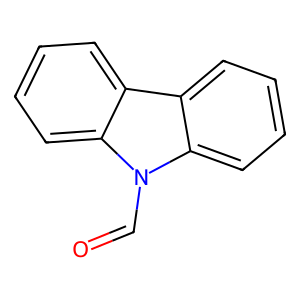
SMILES: O=Cn1c2ccccc2c2ccccc21
Inhibits HIV replication: No